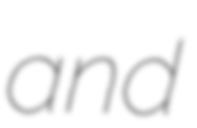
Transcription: and